Indian journal of veterinary science and animal husbandry - Volumes 18-21, 1948-1951
Year: 1948
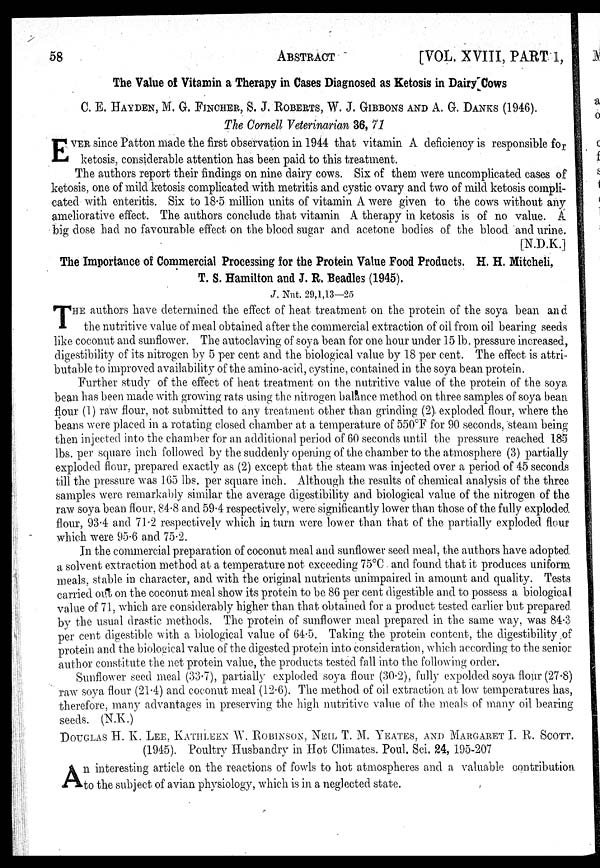
58
ABSTRACT
[VOL. XVIII, PART 1,
The Value of Vitamin a Therapy in Cases Diagnosed as Ketosis in Dairy Cows
C. E. HAYDEN, M. G. FINCHER, S. J. ROBERTS, W. J. GIBBONS AND A. G. DANKS (1946).
The Cornell Veterinarian 36, 71
E VER since Patton made the first observation in 1944 that vitamin A deficiency is responsible for
ketosis, considerable attention has been paid to this treatment.
The authors report their findings on nine dairy cows. Six of them were uncomplicated cases of
ketosis, one of mild ketosis complicated with metritis and cystic ovary and two of mild ketosis compli-
cated with enteritis. Six to 18.5 million units of vitamin A were given to the cows without any
ameliorative effect. The authors conclude that vitamin A therapy in ketosis is of no value. A
big dose had no favourable effect on the blood sugar and acetone bodies of the blood and urine.
[N.D.K.]
The Importance of Commercial Processing for the Protein Value Food Products. H. H. Mitcheli,
T. S. Hamilton and J. R. Beadles (1945).
J. Nut. 29,1, 13—25
T HE authors have determined the effect of heat treatment on the protein of the soya bean and
the nutritive value of meal obtained after the commercial extraction of oil from oil bearing seeds
like coconut and sunflower. The autoclaving of soya bean for one hour under 15 lb. pressure increased,
digestibility of its nitrogen by 5 per cent and the biological value by 18 per cent. The effect is attri-
butable to improved availability of the amino-acid, cystine, contained in the soya bean protein.
Further study of the effect of heat treatment on the nutritive value of the protein of the soya
bean has been made with growing rats using the nitrogen balance method on three samples of soya bean
flour (1) raw flour, not submitted to any treatment other than grinding (2) exploded flour, where the
beans were placed in a rotating closed chamber at a temperature of 550°F for 90 seconds, steam being
then injected into the chamber for an additional period of 60 seconds until the pressure reached 185
lbs. per square inch followed by the suddenly opening of the chamber to the atmosphere (3) partially
exploded flour, prepared exactly as (2) except that the steam was injected over a period of 45 seconds
till the pressure was 165 lbs. per square inch. Although the results of chemical analysis of the three
samples were remarkably similar the average digestibility and biological value of the nitrogen of the
raw soya bean flour. 84.8 and 59.4 respectively, were significantly lower than those of the fully exploded
flour, 93.4 and 71.2 respectively which in turn were lower than that of the partially exploded flour
which were 95.6 and 75.2.
In the commercial preparation of coconut meal and sunflower seed meal, the authors have adopted
a solvent extraction method at a temperature not exceeding 75°C and found that it produces uniform
meals, stable in character, and with the original nutrients unimpaired in amount and quality. Tests
carried out on the coconut meal show its protein to be 86 per cent digestible and to possess a biological
value of 71, which are considerably higher than that obtained for a product tested earlier but prepared
by the usual drastic methods. The protein of sunflower meal prepared in the same way, was 84.3
per cent digestible with a biological value of 64.5. Taking the protein content, the digestibility of
protein and the biological value of the digested protein into consideration, which according to the senior
author constitute the net protein value, the products tested fall into the following order.
Sunflower seed meal (33.7), partially exploded soya flour (30.2), fully expolded soya flour (27.8)
raw soya flour (214) and coconut meal (12.6). The method of oil extraction at low temperatures has,
therefore, many advantages in preserving the high nutritive value of the meals of many oil bearing
seeds. (N.K.)
DOUGLAS H. K. LEE. KATHLEEN W. ROBINSON. NEIL T. M. YEATES, AND MARGARET I. R. SCOTT.
(1945). Poultry Husbandry in Hot Climates. Poul. Sci. 24, 195-207
A n interesting article on the reactions of fowls to hot atmospheres and a valuable contribution
to the subject of avian physiology, which is in a neglected state.